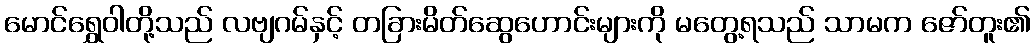
မောင်ရွှေဝါတို့သည် လဗျဂမ်နှင့် တခြားမိတ်ဆွေဟောင်းများကို မတွေ့ရသည် သာမက ဇော်တူး၏